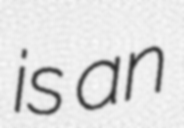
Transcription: is an